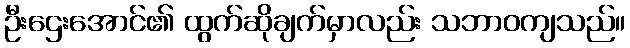
ဦးဌေးအောင်၏ ထွက်ဆိုချက်မှာလည်း သဘာဝကျသည်။